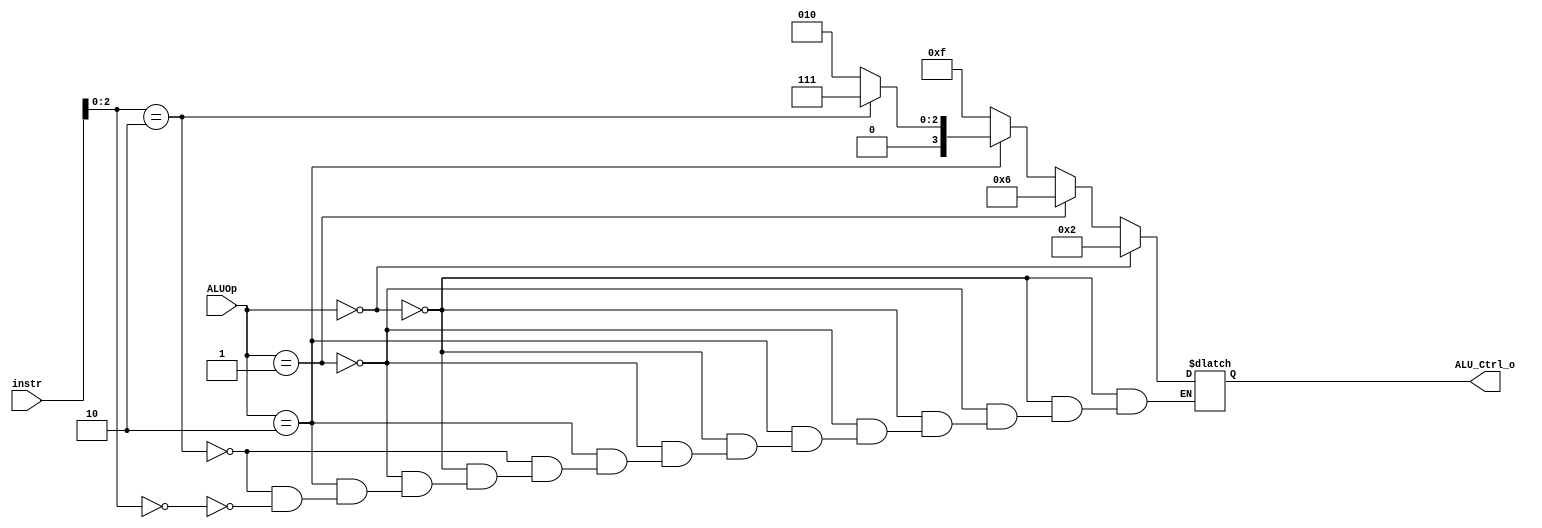
/***************************************************
Student Name: 
Student ID: group24_0816162_0812203
***************************************************/


   `timescale 1ns/1ps
   /*instr[30,14:12]*/
   module ALU_Ctrl(
       input       [4-1:0] instr,
       input       [2-1:0] ALUOp,
       output reg  [4-1:0] ALU_Ctrl_o
   );
   wire [2:0] func3;
   assign func3 = instr[2:0];
   /* Write your code HERE */

   always @(*) begin

    if(ALUOp == 2'b00)      // sw, lw
      ALU_Ctrl_o = 4'b0010;

    else if(ALUOp == 2'b01) // beq
      ALU_Ctrl_o = 4'b0110;

    else if(ALUOp == 2'b10) begin
      if(func3 == 3'b010)  ALU_Ctrl_o = 4'b0111;   // slt
      else if(func3 == 3'b000) ALU_Ctrl_o = 4'b0010;                    // add, addi
    end

    else begin
      ALU_Ctrl_o = 4'b1111;
    end

   end


   endmodule